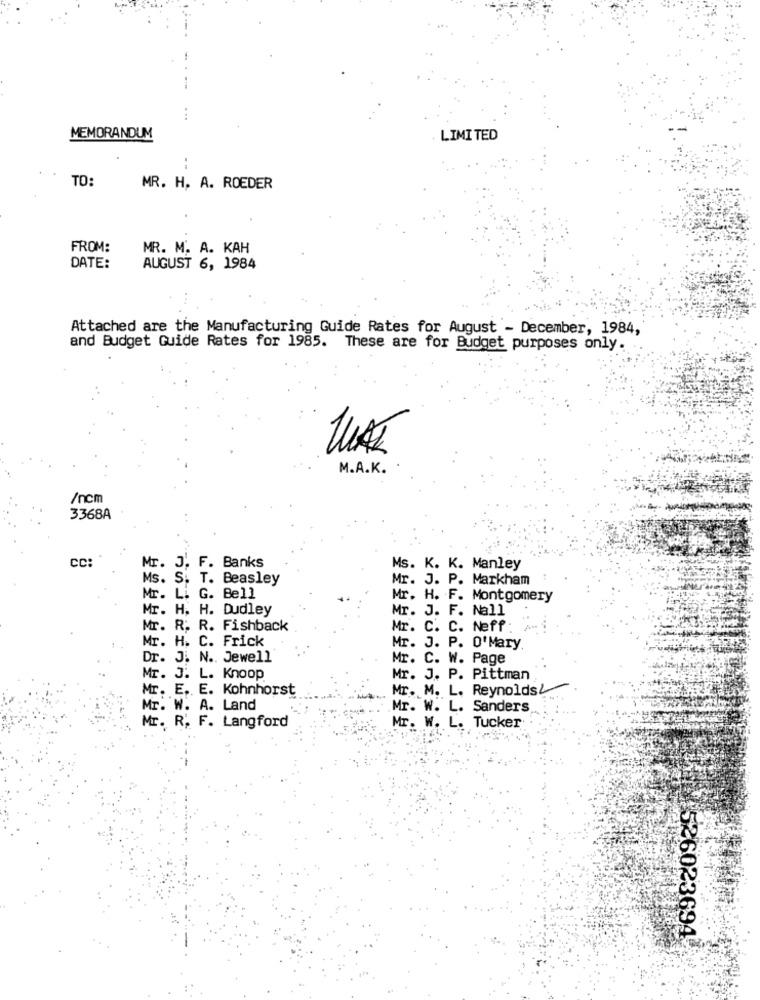
MEMORANDUM
LIMITED
TO:
MR. H. A. ROEDER
FROM:
MR. M. A. KAH
DATE:
AUGUST 6, 1984
Attached are the Manufacturing Guide Rates for August - December, 1984,
and Budget Guide Rates for 1985. These are for Budget purposes only.
M.A.K.
/ncm
3368A
cc
Mr. J' F. Banks
Ms. K. K. Manley
Ms. S. T. Beasley
Mr. J. P. Markham
Mr. L. G. Bell
Mr. H. F. Montgomery
Mr. H. H. Dudley
Mr. J. F. Nall
Mr. R. R. Fishback
Mr. C. C. Neff:
Mr. H. C. Frick
Mr. J. P. O'Mary
Dr. J. N ., Jewell
Mr. C. W. Page
Mr. J. L. Knoop
Mr. J. P. Pittman
Mr. E. E. Kohnhorst
Mr. M. L. Reynolds&
Mr. W. A. Land
Mr. W. L. Sanders
Mr. R. F. Langford
Mr. W. L. Tucker
526023694